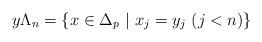
LaTeX: \begin{align*} y \Lambda_n = \{ x \in \Delta_p \ | \ x_j = y_j \ (j<n) \} \end{align*}